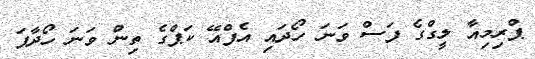
ޕްރިމިއާ ލީގްގެ ފަސް ވަނަ ހޯދައި އެފްއޭ ކަޕްގެ ތިން ވަނަ ހޯދާފަ